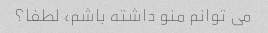
می توانم منو داشته باشم، لطفا؟